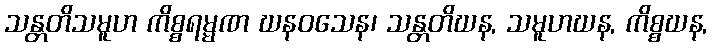
သန္တတိသမူဟ ကိစ္စရမ္မဏ ဃနဝသေန၊ သန္တတိဃန, သမူဟဃန, ကိစ္စဃန,